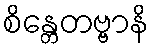
စိန္တေတဗ္ဗာနိ